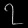
Digit: ၇